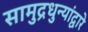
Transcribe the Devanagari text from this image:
सामुद्रधुन्यांद्वारे